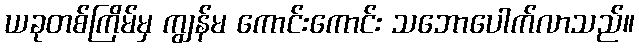
ယခုတစ်ကြိမ်မှ ကျွန်မ ကောင်းကောင်း သဘောပေါက်လာသည်။